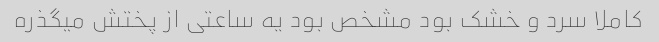
کاملا سرد و خشک بود مشخص بود یه ساعتی از پختش میگذره